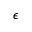
\epsilon